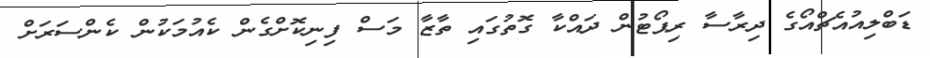
ޑަބްލިއުއެޗްއޯގެ ދިރާސާ ރިޕޯޓުން ދައްކާ ގޮތުގައި ތާޒާ މަސް ފިނިކޮށްގެން ކެއުމަކުން ކެންސަރަށް